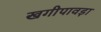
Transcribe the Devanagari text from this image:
खगीपावड़ा